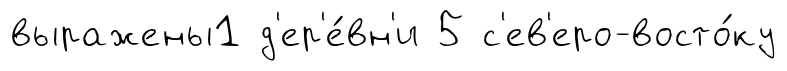
выражены1 д'ер'е́вн'и 5 с'ев'еро-восто́ку